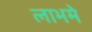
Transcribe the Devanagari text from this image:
लाभमे